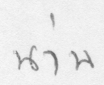
น่าน